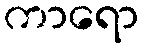
ကာရော